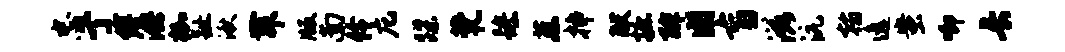
忠亍缚洪枷趾湫舞版南伶庀蹀茕躁蔡插献摭酢圃盲滋沆翰逸蚩唧长